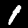
Label: 1